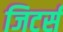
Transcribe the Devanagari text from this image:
जिटर्स